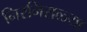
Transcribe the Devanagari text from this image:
निरनिराळ्या